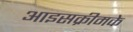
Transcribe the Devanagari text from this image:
आइसक्रीमके